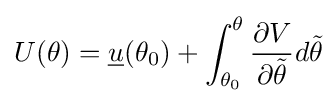
U(\theta )={\underline {u}}(\theta _{0})+\int _{\theta _{0}}^{\theta }{\frac {\partial V}{\partial {\tilde {\theta }}}}d{\tilde {\theta }}